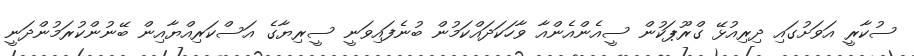
ސުކާރީ އަވަށުގައި ދިރިއުޅޭ ގްރޫޕަކުން ސީއެންއެންއާ ވާހަކަދައްކަމުން ބުނެފައިވަނީ ސީރިޔާގެ އަސްކަރިއްޔާއިން ބޭނުންކުރަމުންދަނީ